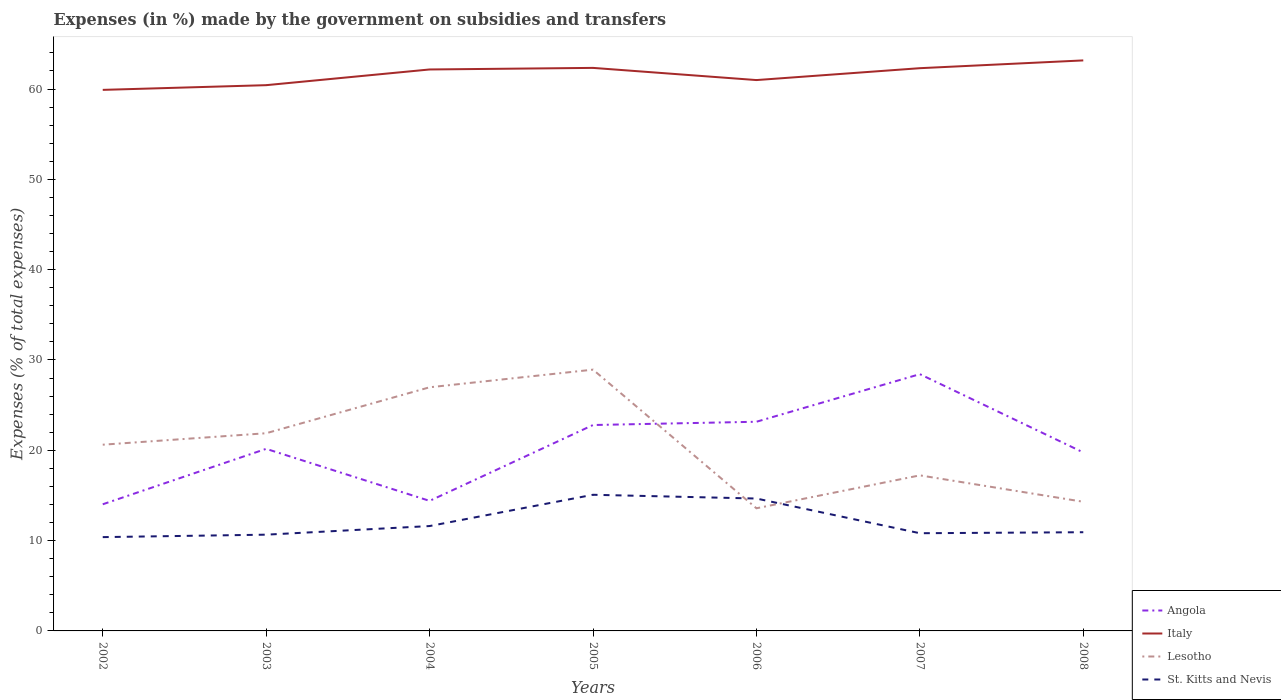
| Years | Angola | Italy | Lesotho | St. Kitts and Nevis |
 | --- | --- | --- | --- | --- |
 | 2002 | 14 | 59.9 | 20.6 | 10.4 |
 | 2003 | 20.2 | 60.4 | 21.9 | 10.7 |
 | 2004 | 14.4 | 62.2 | 27 | 11.6 |
 | 2005 | 22.8 | 62.3 | 28.9 | 15.1 |
 | 2006 | 23.2 | 61 | 13.6 | 14.7 |
 | 2007 | 28.4 | 62.3 | 17.2 | 10.8 |
 | 2008 | 19.8 | 63.2 | 14.3 | 10.9 |